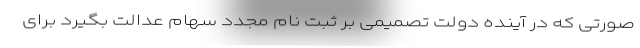
صورتی که در آینده دولت تصمیمی بر ثبت نام مجدد سهام عدالت بگیرد برای